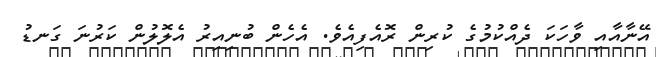
އޭނާއާއި ވާހަކަ ދެއްކުމުގެ ކުރިން ރޮއެފިއެވެ. އެހެން ބުނިއިރު އެލޮލުން ކަރުނަ ގަނޑު